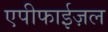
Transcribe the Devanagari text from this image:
एपीफाईज़ल